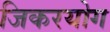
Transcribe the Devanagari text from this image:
जिकरयोग